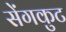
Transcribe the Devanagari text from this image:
सेंगकुट